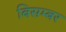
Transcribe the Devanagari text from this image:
बिसम्बर